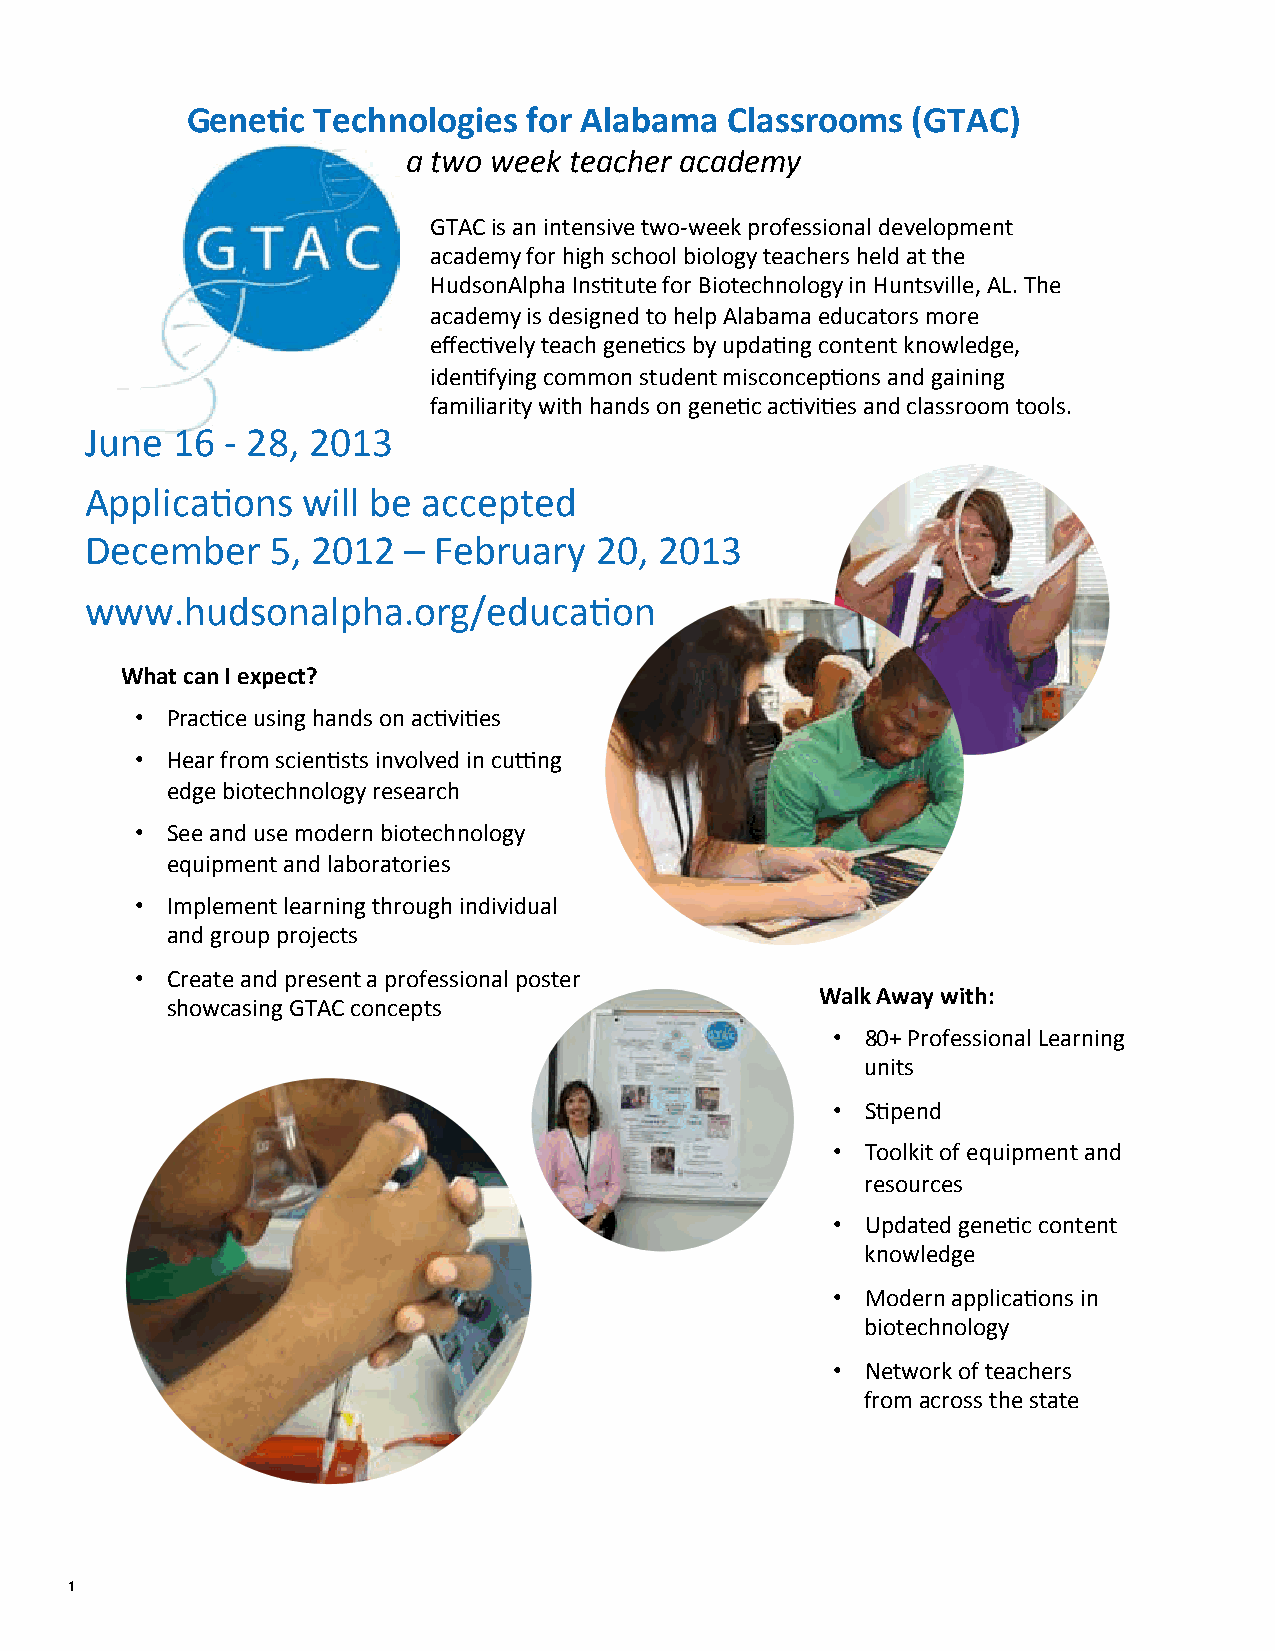
Gene$c   Technologies  for Alabama  Classrooms  (GTAC)
 a two week teacher academy
 GTAC is an intensive two-­‐week professional development
 academy for high school biology teachers held at the
 HudsonAlpha Ins4tute for Biotechnology in Huntsville, AL. The
 academy is designed to help Alabama educators more
 effec4vely teach gene4cs by upda4ng content knowledge,
 iden4fying common student misconcep4ons and gaining
 familiarity with hands on gene4c ac4vi4es and classroom tools.
 June 16  -­‐ 28, 2013
 Applica4ons   will be accepted
 December    5, 2012  – February  20,  2013
 www.hudsonalpha.org/educa4on
 What can I expect?
 • Prac4ce using hands on ac4vi4es
 • Hear from scien4sts involved in cuRng
 edge biotechnology research
 • See and use modern biotechnology
 equipment and laboratories
 • Implement learning through individual
 and group projects
 • Create and present a professional poster
 Walk Away with:
 showcasing GTAC concepts
 • 80+ Professional Learning
 units
 • S4pend
 • Toolkit of equipment and
 resources
 • Updated gene4c content
 knowledge
 • Modern applica4ons in
 biotechnology
 • Network of teachers
 from across the state
 1